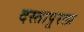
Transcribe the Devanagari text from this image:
दस्तापूरला